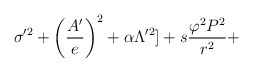
\begin{align*}\sigma'^2 + \left(\frac{A'}{e}\right)^2 + \alpha \Lambda'^2] + s\frac{\varphi^2P^2}{r^2} +\end{align*}